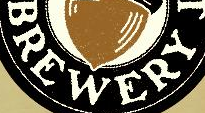
BREWERY